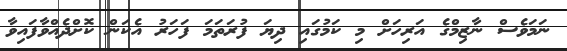
ނަމަވެސް ނާޒިމްގެ އަރިހަށް މި ކަމުގައި ދިޔަ ފުރަތަމަ ފަހަރު އެކަން ކޮށްދެއްވާފައިވާ